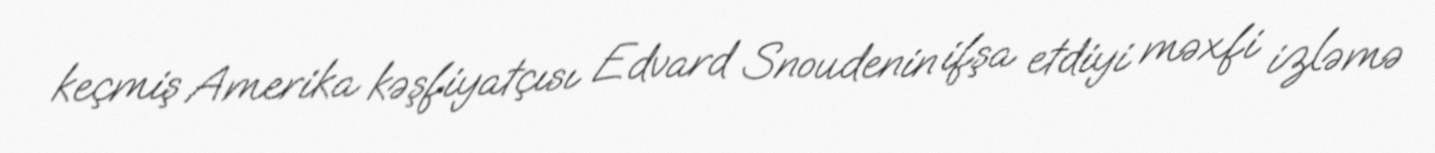
keçmiş Amerika kəşfiyatçısı Edvard Snoudenin ifşa etdiyi məxfi izləmə